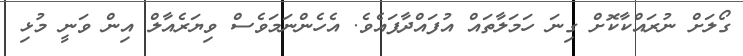
ގޯލަށް ނުރައްކާކޮށް ގިނަ ހަމަލާތައް އުފައްދާފައެވެ. އެހެންނަމަވެސް ވިޔަރެއާލް އިން ވަނީ މުޅި